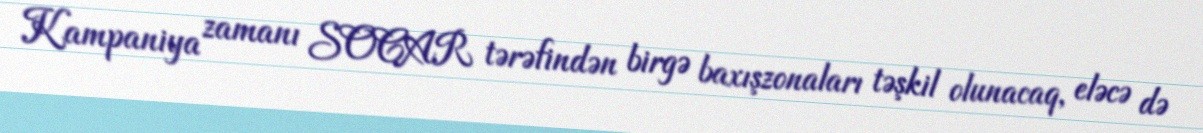
Kampaniya zamanı SOCAR tərəfindən birgə baxışzonaları təşkil olunacaq, eləcə də